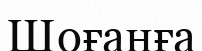
Шоғанға